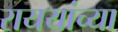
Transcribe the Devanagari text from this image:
राययांच्या